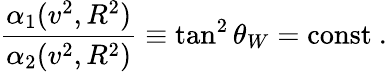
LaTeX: \frac{\alpha_{1}(v^{2},R^{2})}{\alpha_{2}(v^{2},R^{2})}\equiv\tan^{2}\theta_{W}=\mathrm{const}\ .